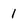
Character: 1